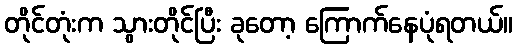
တိုင်တုံးက သွားတိုင်ပြီး ခုတော့ ကြောက်နေပုံရတယ်။